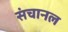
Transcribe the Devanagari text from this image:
संचानल